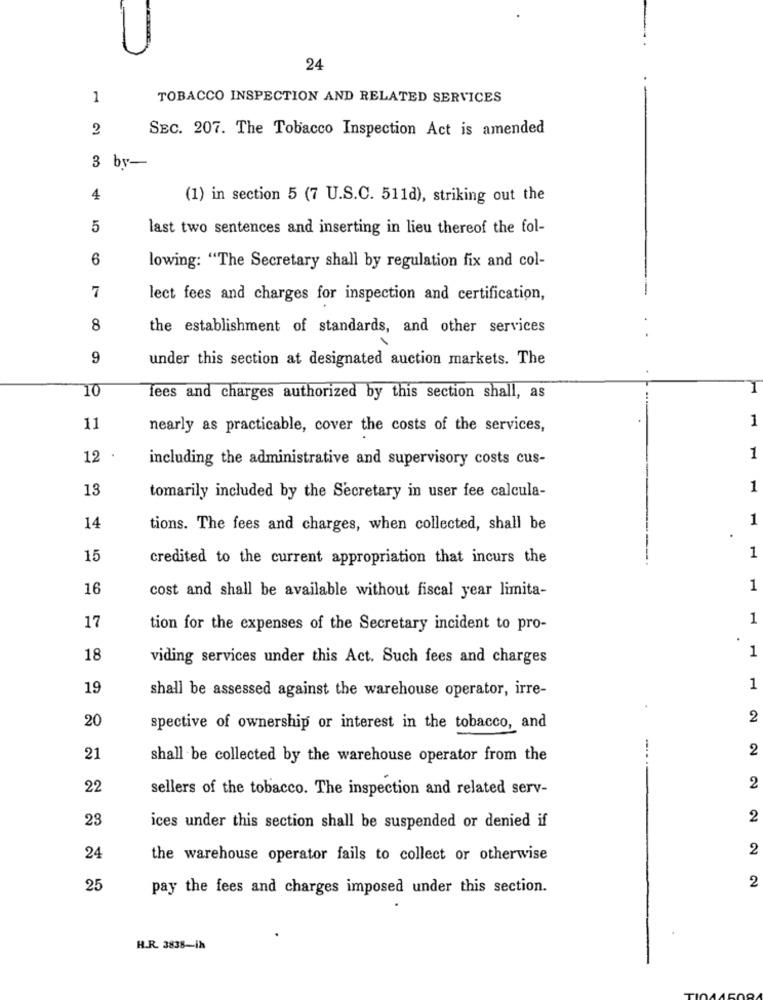
24
1
TOBACCO INSPECTION AND RELATED SERVICES
2
SEC. 207. The Tobacco Inspection Act is amended
3
by-
4
(1) in section 5 (7 U.S.C. 511d), striking out the
5
last two sentences and inserting in lieu thereof the fol-
6
lowing: "The Secretary shall by regulation fix and col-
7
lect fees and charges for inspection and certification,
8
the establishment of standards, and other services
9
under this section at designated auction markets. The
10
fees and charges authorized by this section shall, as
1
11
nearly as practicable, cover the costs of the services,
12
including the administrative and supervisory costs cus-
1
13
1
tomarily included by the Secretary in user fee calcula-
1
14
tions. The fees and charges, when collected, shall be
15
credited to the current appropriation that incurs the
1
16
1
cost and shall be available without fiscal year limita-
17
1
tion for the expenses of the Secretary incident to pro-
.
1
18
viding services under this Act. Such fees and charges
19
shall be assessed against the warehouse operator, irre-
1
20
2
spective of ownership or interest in the tobacco, and
2
21
shall be collected by the warehouse operator from the
22
sellers of the tobacco. The inspection and related serv-
2
23
2
ices under this section shall be suspended or denied if
2
24
the warehouse operator fails to collect or otherwise
2
25
pay the fees and charges imposed under this section.
H.R. 3838-ih